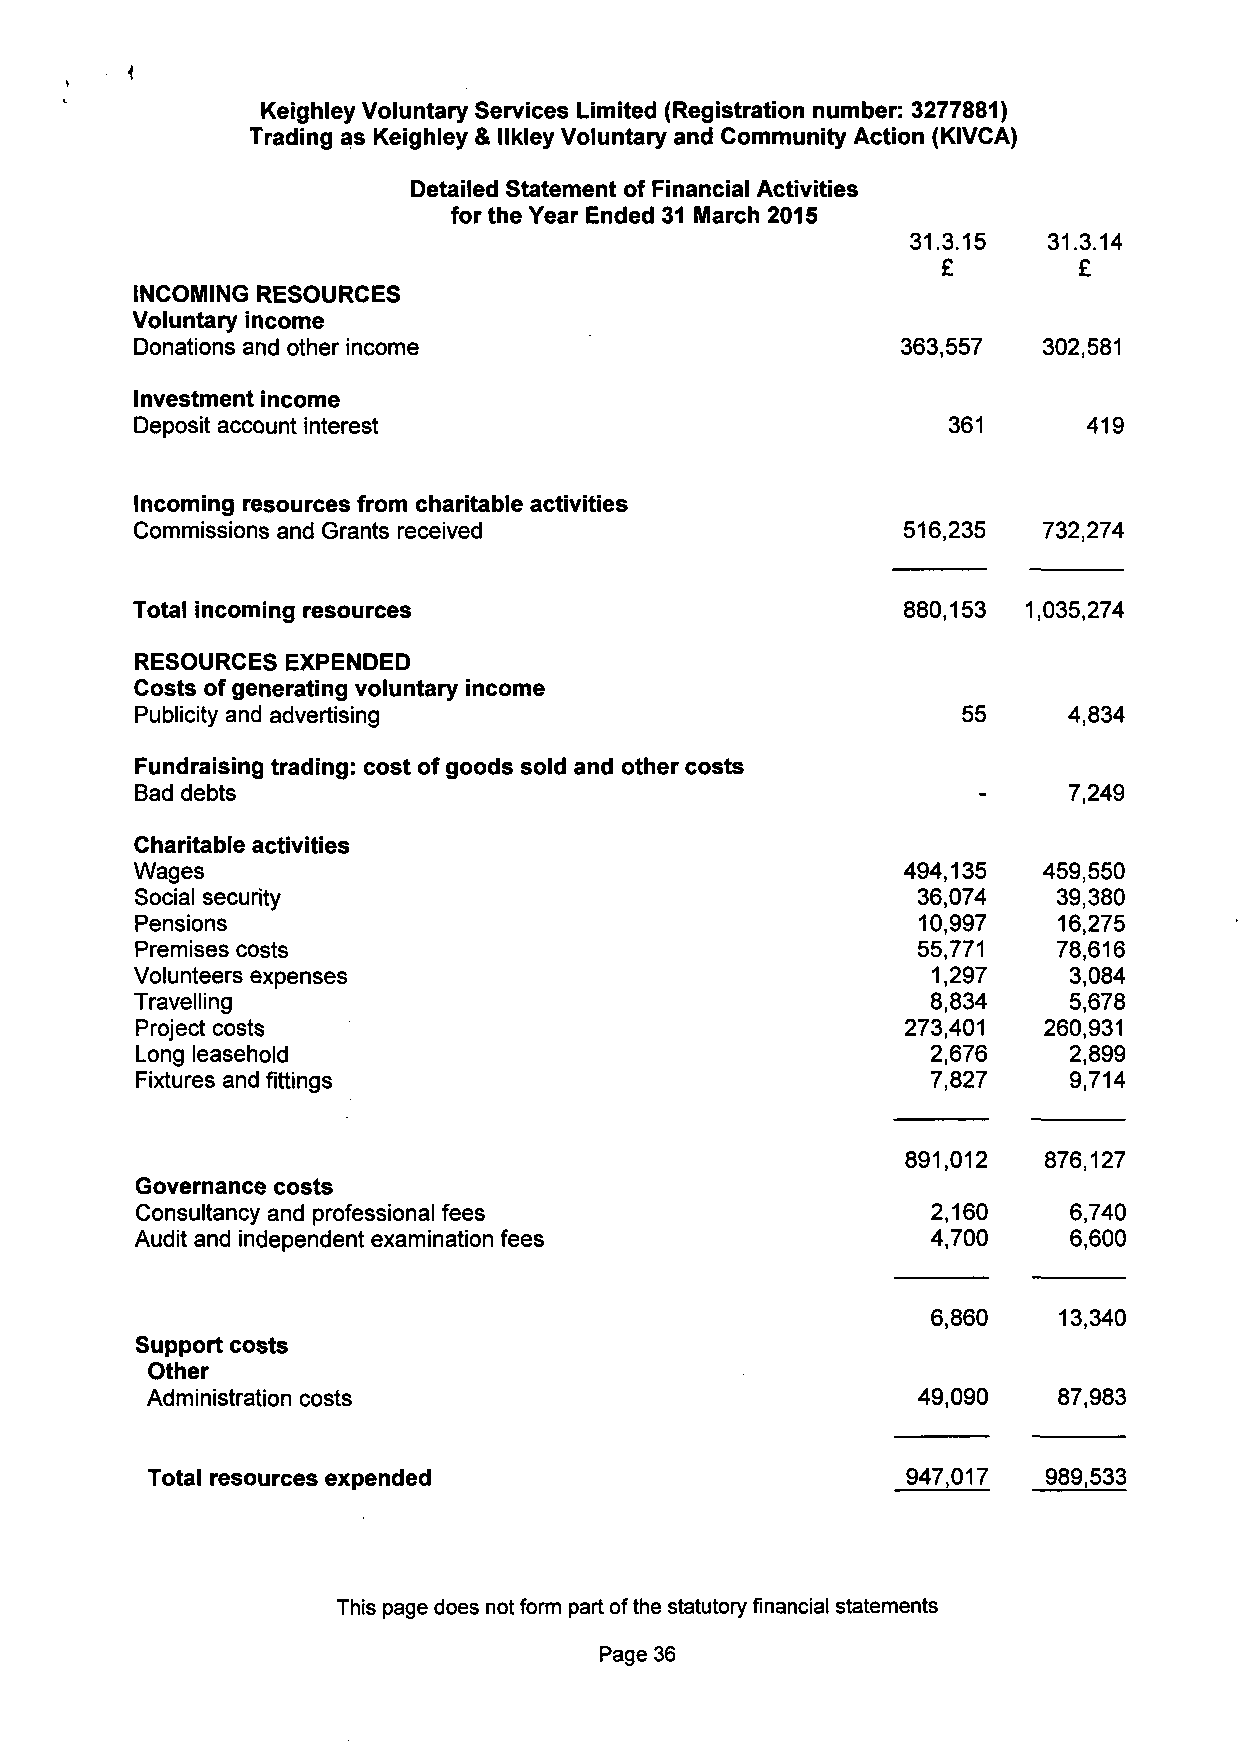
Keighley Voluntary Services Limited (Registration number: 3277881)
 Trading as Keighley & llkley Voluntary and Community Action (KIVCA)
 Detailed Statement of Financial Activities
 for the Year Ended 31 March 2015
 31.3.15  31.3.14
 £        £
 INCOMING RESOURCES
 Voluntary income
 Donations and other income                         363,557  302,581
 Investment income
 Deposit account interest                              361      419
 Incoming resources from charitable activities
 Commissions and Grants received                    516,235  732,274
 Total incoming resources                           880,153 1,035,274
 RESOURCES EXPENDED
 Costs of generating voluntary income
 Publicity and advertising                              55     4,834
 Fundraising trading: cost of goods sold and other costs
 Bad debts                                                     7,249
 Charitable activities
 Wages                                              494,135  459,550
 Social security                                     36,074   39,380
 Pensions                                            10,997   16,275
 Premises costs                                      55,771   78,616
 Volunteers expenses                                  1,297    3,084
 Travelling                                           8,834    5,678
 Project costs                                      273,401  260,931
 Long leasehold                                       2,676    2,899
 Fixtures and fittings                                7,827    9,714
 891,012  876,127
 Governance costs
 Consultancy and professional fees                    2,160    6,740
 Audit and independent examination fees               4,700    6,600
 6,860   13,340
 Support costs
 Other
 Administration costs                               49,090   87,983
 Total resources expended                          947,017  989,533
 This page does not form part of the statutory financial statements
 Page 36